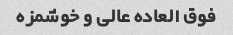
فوق العاده عالی و خوشمزه